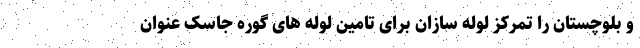
و بلوچستان را تمرکز لوله سازان برای تامین لوله های گوره جاسک عنوان